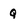
Character: Q